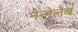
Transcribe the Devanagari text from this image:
नैनोलैब